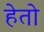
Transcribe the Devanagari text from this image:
हेतो